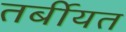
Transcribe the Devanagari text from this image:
तर्बीयत